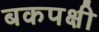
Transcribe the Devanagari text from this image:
बकपक्षी